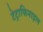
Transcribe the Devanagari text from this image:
टेट्राफिनाइल